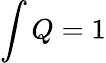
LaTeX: \int Q=1